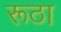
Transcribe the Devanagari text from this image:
रूठा